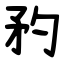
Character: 䂆